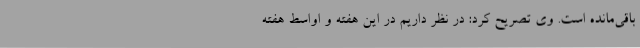
باقی‌مانده است. وی تصریح کرد: در نظر داریم در این هفته و اواسط هفته